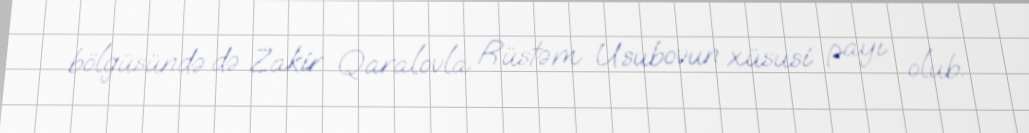
bölgüsündə də Zakir Qaralovla Rüstəm Usubovun xüsusi payı olub.